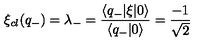
\xi _ { c l } ( q _ { - } ) = \lambda _ { - } = \frac { \langle q _ { - } | \xi | 0 \rangle } { \langle q _ { - } | 0 \rangle } = \frac { - 1 } { \sqrt { 2 } }